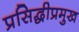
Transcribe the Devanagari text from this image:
प्रसिद्धीप्रमुख